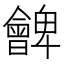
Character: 朇